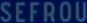
SEFROU